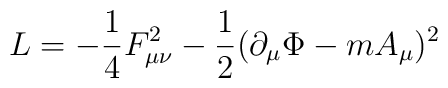
{\sl L}= -\frac{1}{4} F_{\mu \nu}^2 - \frac{1}{2} (\partial_\mu \Phi - m A_\mu)^2